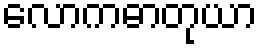
လောကဓာတုယာ